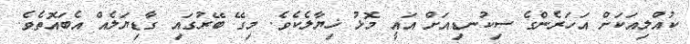
ކުއްލިއަކަށް އަހަރެންގެ ސިކުނޑިއަށް އައީ މޮޅު ޚިޔާލެކެވެ. މިގޭ ބޭރުގައި ގާޑިޔަލެއް އެބައޮތެވެ.